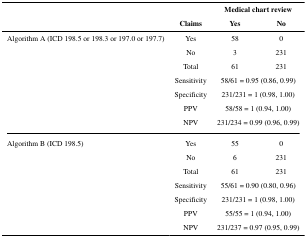
<table><thead><tr><td rowspan="2"></td><td rowspan="2"><b>Claims</b></td><td colspan="2"><b>Medical chart review</b></td></tr><tr><td><b>Yes</b></td><td><b>No</b></td></tr></thead><tbody><tr><td rowspan="7">Algorithm A (ICD 198.5 or 198.3 or 197.0 or 197.7)</td><td>Yes</td><td>58</td><td>0</td></tr><tr><td>No</td><td>3</td><td>231</td></tr><tr><td>Total</td><td>61</td><td>231</td></tr><tr><td>Sensitivity</td><td colspan="2">58/61 = 0.95 (0.86, 0.99)</td></tr><tr><td>Specificity</td><td colspan="2">231/231 = 1 (0.98, 1.00)</td></tr><tr><td>PPV</td><td colspan="2">58/58 = 1 (0.94, 1.00)</td></tr><tr><td>NPV</td><td colspan="2">231/234 = 0.99 (0.96, 0.99)</td></tr><tr><td rowspan="7">Algorithm B (ICD 198.5)</td><td>Yes</td><td>55</td><td>0</td></tr><tr><td>No</td><td>6</td><td>231</td></tr><tr><td>Total</td><td>61</td><td>231</td></tr><tr><td>Sensitivity</td><td colspan="2">55/61 = 0.90 (0.80, 0.96)</td></tr><tr><td>Specificity</td><td colspan="2">231/231 = 1 (0.98, 1.00)</td></tr><tr><td>PPV</td><td colspan="2">55/55 = 1 (0.94, 1.00)</td></tr><tr><td>NPV</td><td colspan="2">231/237 = 0.97 (0.95, 0.99)</td></tr></tbody></table>